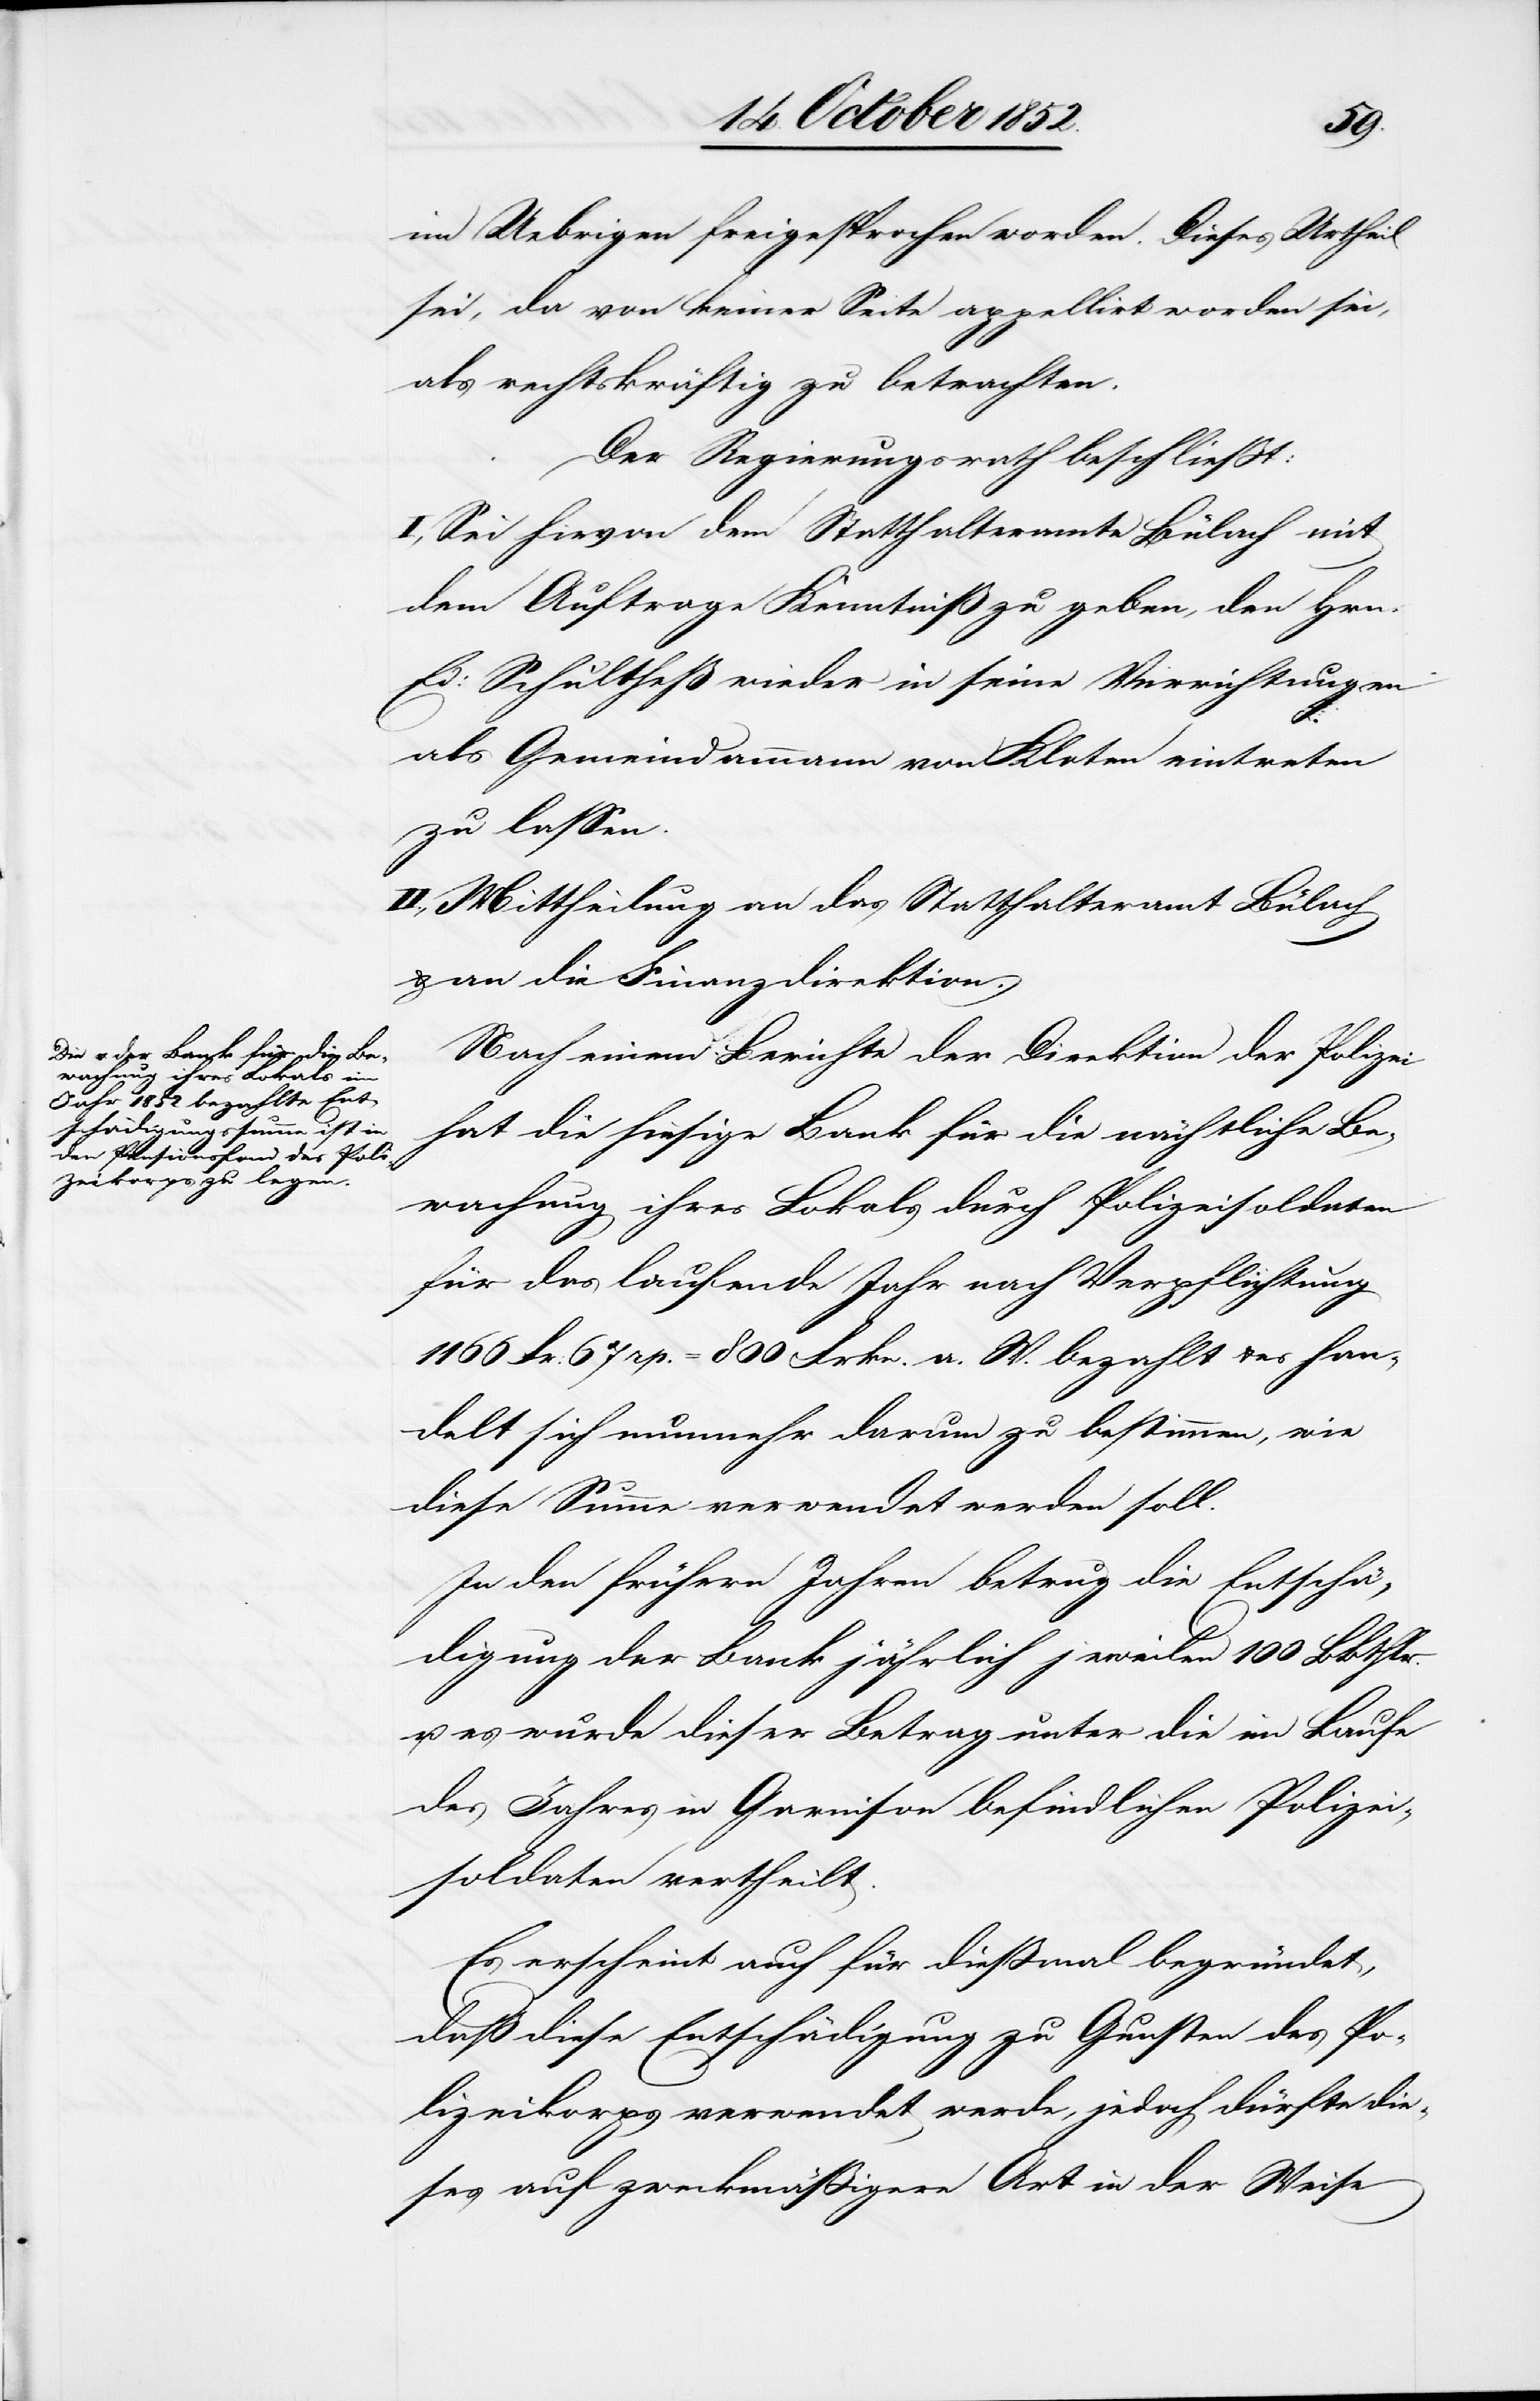
im Uebrigen freigesprochen worden. Dieses Urtheil
sei, da von keiner Seite appellirt worden sei,
als rechtskräftig zu betrachten.
Der Regierungsrath beschließt:
I., Sei hievon dem Statthalteramte Bülach mit
dem Auftrage Kenntniß zu geben, den Hrn.
Ed: Schultheß wieder in seine Verrichtungen
als Gemeindammann von Kloten eintreten
zu lassen.
II., Mittheilung an das Statthalteramt Bülach
& an die Finanzdirektion.
Nach einem Berichte der Direktion der Polizei
hat die hiesige Bank für die nächtliche Be¬
wachung ihres Lokals durch Polizeisoldaten
für das laufende Jahr nach Verpflichtung
1166 Fr. 67 rp. = 800 Frkn. a. W. bezahlt & es han¬
delt sich nunmehr darum zu bestimmen, wie
diese Summe verwendet werden soll.
In den frühern Jahren betrug die Entschä¬
digung der Bank jährlich jeweilen 100 BBthlr.
u. es wurde dieser Betrag unter die im Laufe
des Jahres in Garnison befindlichen Polizei¬
soldaten vertheilt.
Es erscheint auch für dießmal begründet,
daß diese Entschädigung zu Gunsten des Po¬
lizeikorps verwendet werde, jedoch dürfte die¬
ses auf zweckmäßigere Art in der Weise